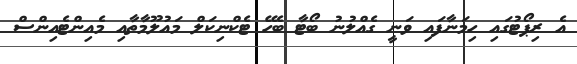
އެ ރިޕޯޓުގައި ހިމަނާފައި ވަނީ ގެއްލުނު ބޯޓާ ބެހޭ ޓެކްނިކަލް މައުލޫމާތާއި މެއިންޓެއިންސް